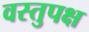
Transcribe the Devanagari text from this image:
वस्तुपक्ष